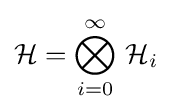
{\mathcal {H}}={\displaystyle \bigotimes \limits _{i=0}^{\infty }}\ {\mathcal {H}}_{i}